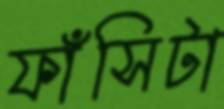
ফাঁসিটা